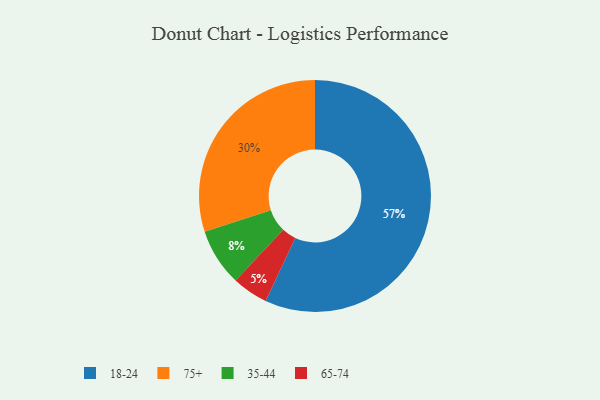
{"axis": {"x": "Category", "y": "Percentage"}, "legend": ["18-24", "35-44", "65-74", "75+"], "data": [{"x": "18-24", "y": 57, "type": "18-24"}, {"x": "75+", "y": 30, "type": "75+"}, {"x": "65-74", "y": 5, "type": "65-74"}, {"x": "35-44", "y": 8, "type": "35-44"}]}